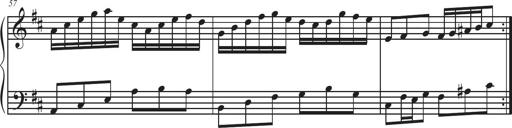
Title: Sonatina Espania
Composer: Jerald Franklin Archer
Key: Various